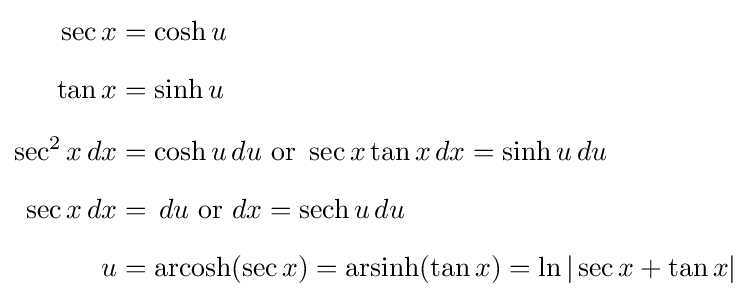
{\begin{aligned}\sec x&=\cosh u\\[6pt]\tan x&=\sinh u\\[6pt]\sec ^{2}x\,dx&=\cosh u\,du{\text{ or }}\sec x\tan x\,dx=\sinh u\,du\\[6pt]\sec x\,dx&=\,du{\text{ or }}dx=\operatorname {sech} u\,du\\[6pt]u&=\operatorname {arcosh} (\sec x)=\operatorname {arsinh} (\tan x)=\ln |\sec x+\tan x|\end{aligned}}